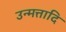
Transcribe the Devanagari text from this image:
उन्मत्तादि